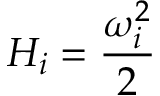
H _ { i } = \frac { \omega _ { i } ^ { 2 } } { 2 }